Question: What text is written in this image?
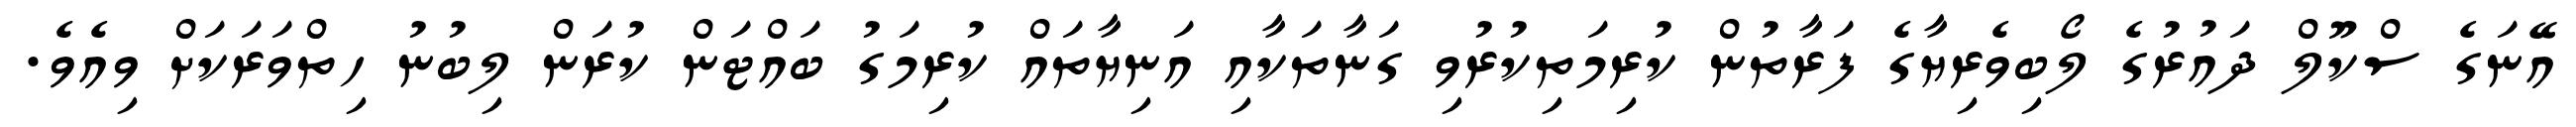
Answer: އޭނަގެ ސްކޫލް ދައުރުގެ ލޯބިވެރިޔާގެ ފަރާތުން ކުރިމަތިކުރުވި ގަނާތަކާއި އަނިޔާތައް ކުރިމަގު ބައްޓަން ކުރަން ލިބުނު ހިތްވަރަކަށް ވިއެވެ.